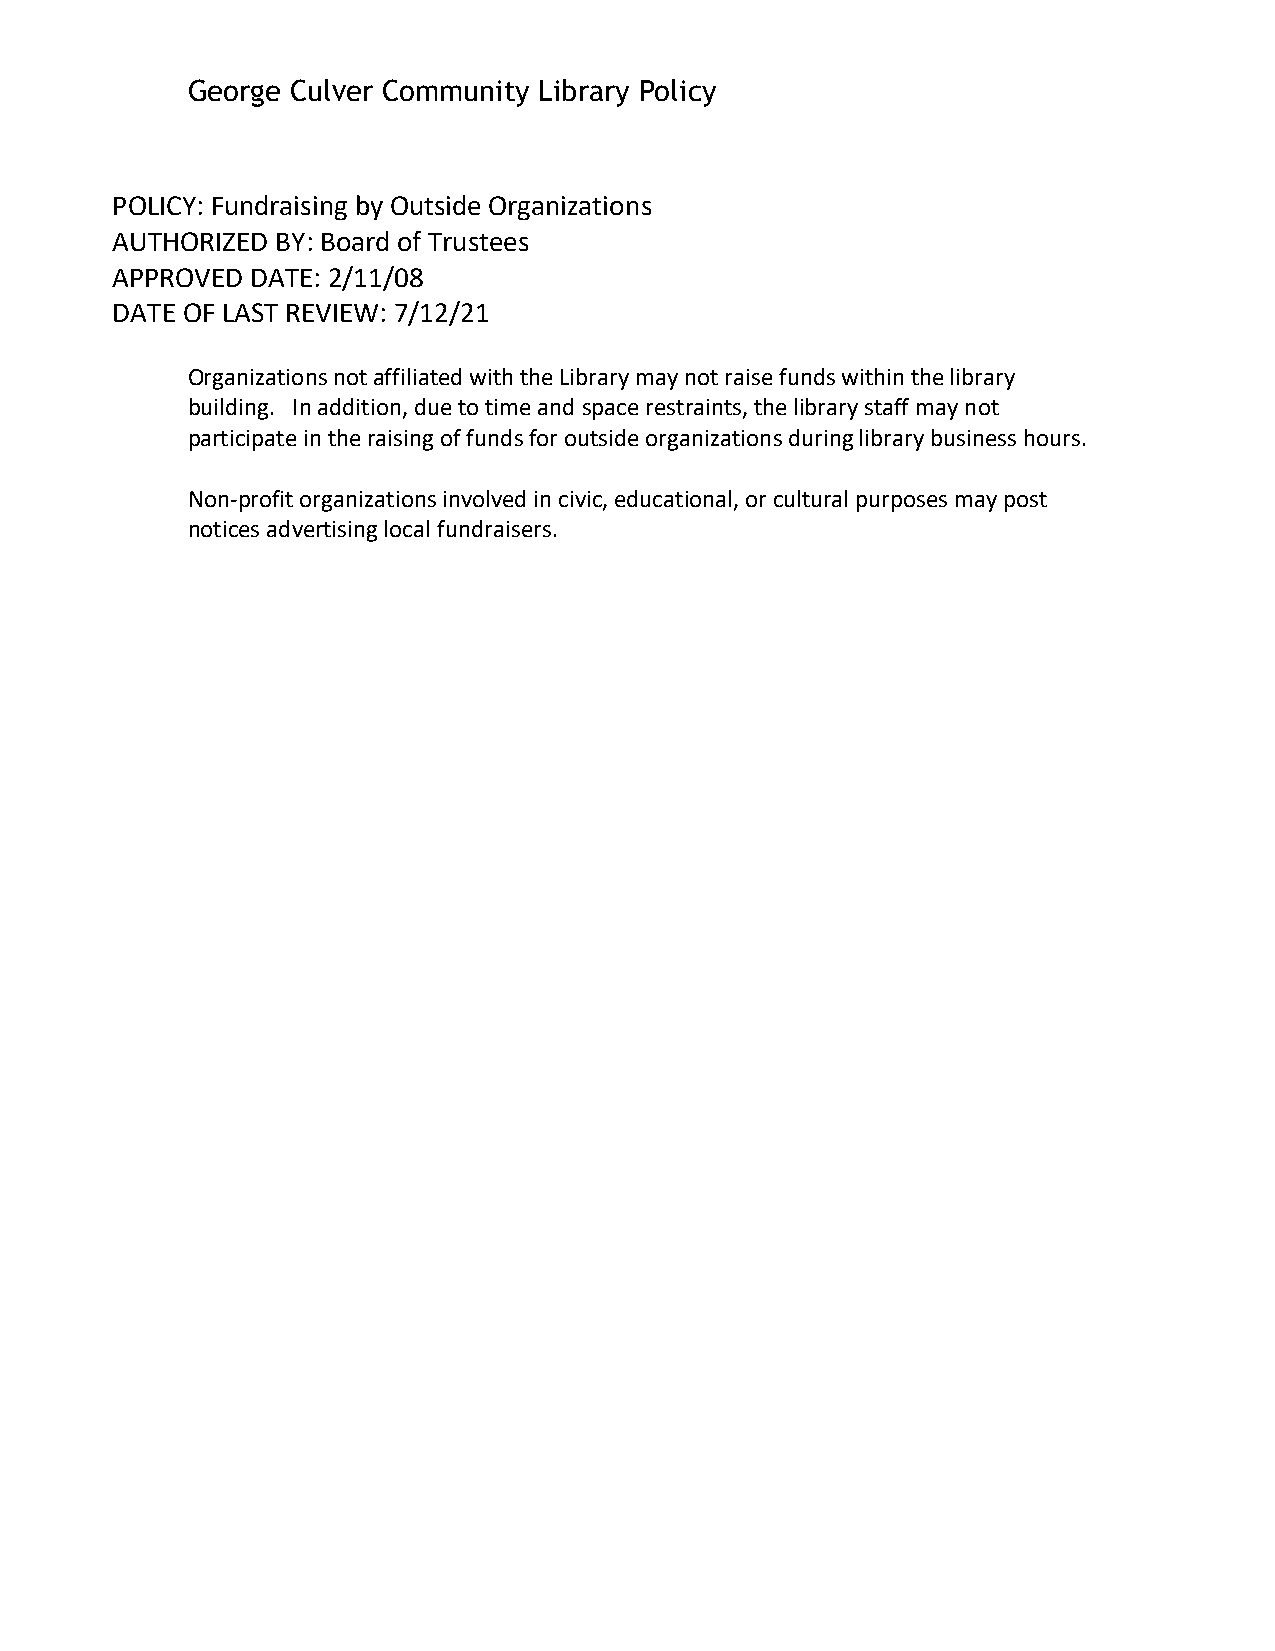
George Culver Community Library Policy
 POLICY: Fundraising by Outside Organizations
 AUTHORIZED BY: Board of Trustees
 APPROVED  DATE: 2/11/08
 DATE OF LAST REVIEW: 7/12/21
 Organizations not affiliated with the Library may not raise funds within the library
 building. In addition, due to time and space restraints, the library staff may not
 participate in the raising of funds for outside organizations during library business hours.
 Non-profit organizations involved in civic, educational, or cultural purposes may post
 notices advertising local fundraisers.